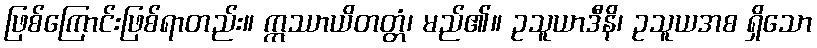
ဖြစ်ကြောင်းဖြစ်ရာတည်း။ ဣဿာယိတတ္တံ၊ မည်၏။ ဥသူယာဒီနိ၊ ဥသူယအစ ရှိသော